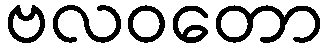
ဗလဝတော